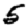
Digit: 5